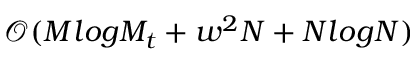
\mathcal { O } ( M l o g M _ { t } + w ^ { 2 } N + N l o g N )